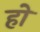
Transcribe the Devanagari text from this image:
हो